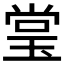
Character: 𰢃